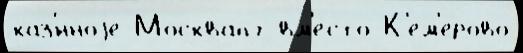
каз'́нноjе Москвапг вм'е́сто К'е́м'ерово